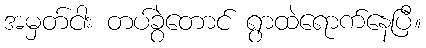
အမှတ်ငါး တပ်ခွဲတောင် ရွာထဲရောက်နေပြီ။